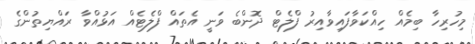
މިހުރިހާ ބިމެއް ހިއްކަވާފައިވާއިރު ފްލެޓް ދޮންބެ ވަނީ އެތައް ފްލެޓެއް އަޅުއްވާ ރައްޔިތުންގެ